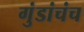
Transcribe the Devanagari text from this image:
गुंडांचंच